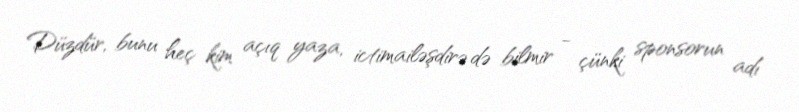
Düzdür, bunu heç kim açıq yaza, ictimailəşdirə də bilmir - çünki sponsorun adı